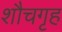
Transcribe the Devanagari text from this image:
शौचगृह